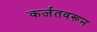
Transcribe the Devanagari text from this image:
कर्जतवरून